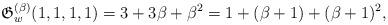
LaTeX: \begin{gather*}\mathfrak{G}_{w}^{(\beta)}(1,1,1,1)=3+3 \beta+\beta^2=1+(\beta+1)+(\beta+1)^2, \end{gather*}